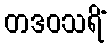
တဒဝသရိံ